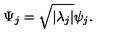
\Psi _ { j } = \sqrt { | \lambda _ { j } | } \psi _ { j } .